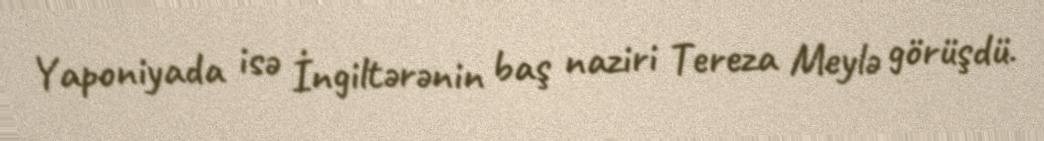
Yaponiyada isə İngiltərənin baş naziri Tereza Meylə görüşdü.